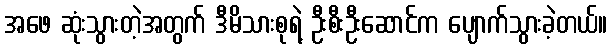
အဖေ ဆုံးသွားတဲ့အတွက် ဒီမိသားစုရဲ့ ဦးစီးဦးဆောင်က ပျောက်သွားခဲ့တယ်။